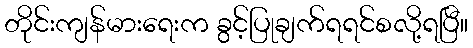
တိုင်းကျန်မားရေးက ခွင့်ပြုချက်ရရင်စလို့ရပြီ။